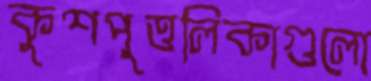
কুশপুত্তলিকাগুলো